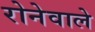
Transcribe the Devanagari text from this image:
रोनेवाले